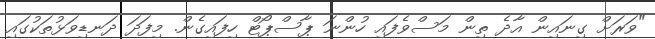
"ވަރަށް ގިނައިން އާދެ ތިން މަސްވެފައި ހުންނަ ޕާސްޕޯޓް ހިފައިގެން. މިފަދަ ދަނޑިވަޅުތަކުގައި